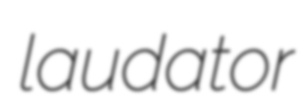
laudator